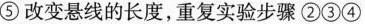
⑤ 改变悬线的长度，重复实验步骤 ② ③ ④